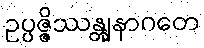
ဥပ္ပဇ္ဇိဿန္တျနာဂတေ